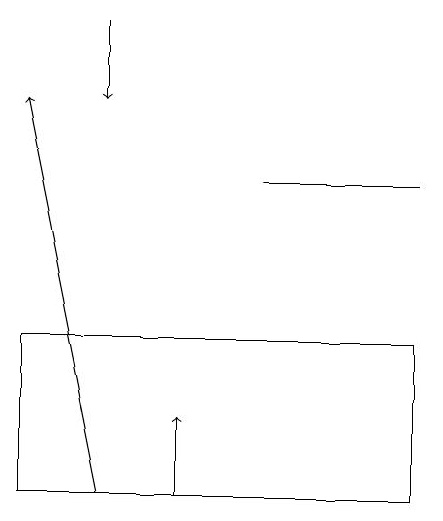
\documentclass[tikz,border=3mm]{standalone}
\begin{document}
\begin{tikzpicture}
\draw[->] (3,18) -- (3,17);
\draw (7,16) rectangle (5,16);
\draw[->] (4,12) -- (4,13);
\draw[->] (3,12) -- (2,17);
\draw (2,12) rectangle (7,14);
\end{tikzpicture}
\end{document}